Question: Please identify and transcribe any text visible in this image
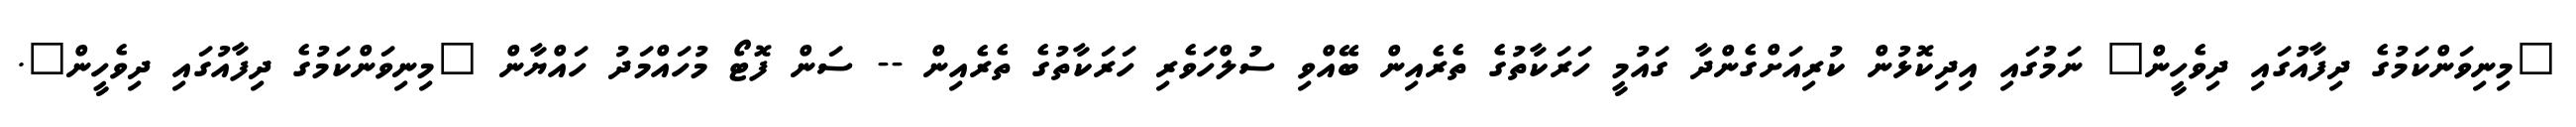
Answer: "މިނިވަންކަމުގެ ދިފާއުގައި ދިވެހީން" ނަމުގައި އިދިކޮޅުން ކުރިއަށްގެންދާ ގައުމީ ހަރަކާތުގެ ތެރެއިން ބޭއްވި ސުލްހަވެރި ހަރަކާތުގެ ތެރެއިން -- ސަން ފޮޓޯ މުހައްމަދު ހައްޔާން "މިނިވަންކަމުގެ ދިފާއުގައި ދިވެހީން".